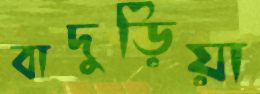
বাদুড়িয়া